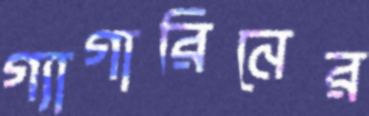
গ্যাগারিনের